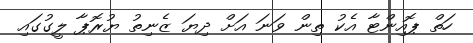
ހަތް ޕޮއިންޓާ އެކު ތިން ވަނަ އަށް ދިޔަ ޒެނިތު ޔުރޮޕާ ލީގުގައި